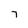
Character: 7